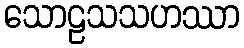
သောဠသသဟဿာ